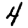
Digit: 4